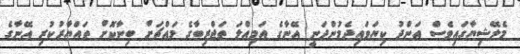
މެލޭޝިޔާގައިވެސް އަންދު ކިޔަވައިދެމުންދަނީ އޭނާގެ އަމިއްލަ ތަޖްރިބާގެ މައްޗަށް ބިނާކޮށް ތައްޔާރުކުރި އޭނާގެ